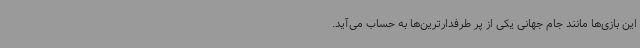
این بازی‌ها مانند جام جهانی یکی از پر طرفدارترین‌ها به حساب می‌آید.